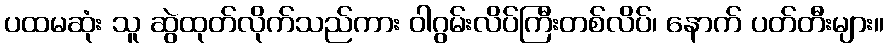
ပထမဆုံး သူ ဆွဲထုတ်လိုက်သည်ကား ဝါဂွမ်းလိပ်ကြီးတစ်လိပ်၊ နောက် ပတ်တီးများ။